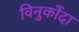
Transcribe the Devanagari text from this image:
विनुकोंदा